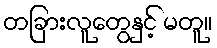
တခြားလူတွေနှင့် မတူ။